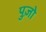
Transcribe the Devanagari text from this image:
पुज़ो